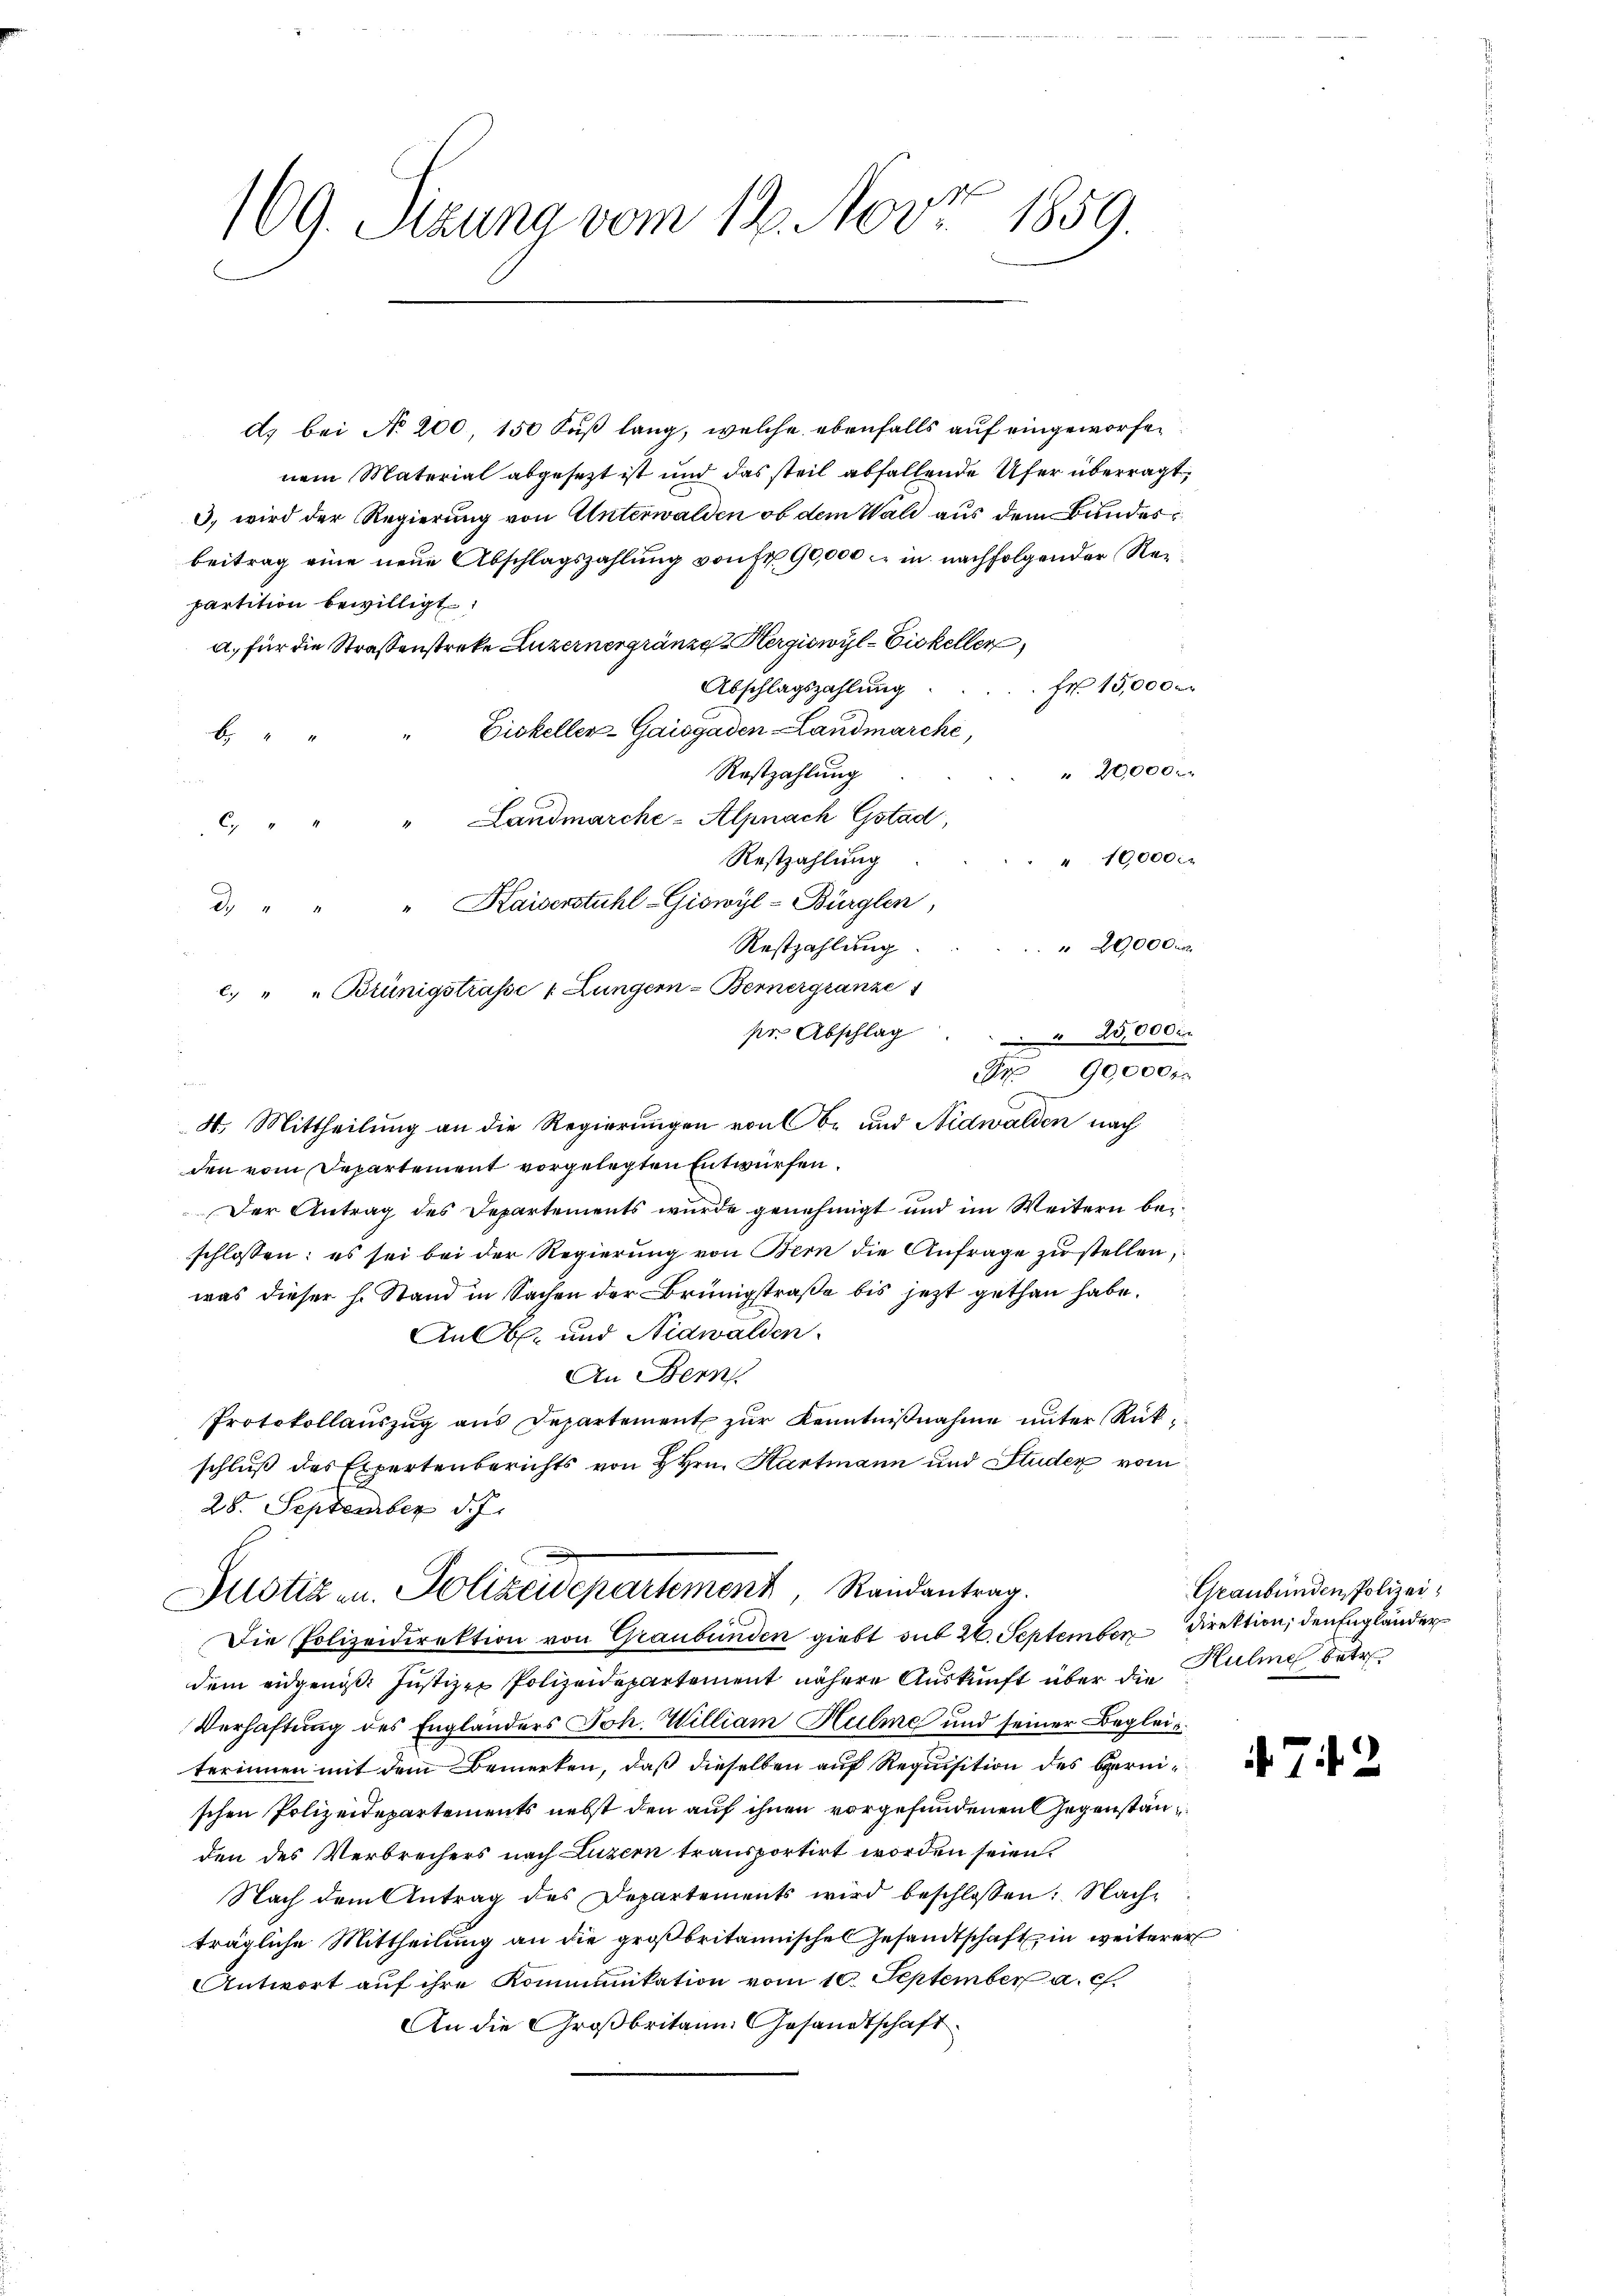
169. Sizung vom 19. Nov. 1859.

A. bei No 200, 150 Fuß lang, welche ebenfalls auf eingeworfen
nem Material abgesezt ist und das steil abfallende Ufer überragt.
3) wird der Regierung von Unterwalden ob dem Wald aus dem Bundesbeitrag eine neue Abschlagszahlung von Fr. 90,000 : in nachfolgender Reipartition bewilligt
a. für die Strassenstreke Luzernergränze Hergiswyl-Eiskeller
Fr. 15,000
Abschlagszahlung.
Eiskeller-Gaisgaden-Landmarche,
B
20,000
Rostzahlung
c. " " " Landmarche-Alpnach Gstad,
" 10,000
Restzahlung
d. " " " Kaiserstuhl-Giowyl-Bürglen,
2900 dur
Restzahlung
c. " " Brünigstrasse 1 Lungern-Bernergränze 1
pr. Abschlag . . . . 25,000
Sr 90,000
¬
C
4. Mittheilung an die Regierungen von Obe und Nidwalden nach
den vom Departement vorgelegten Entwürfen.
Der Antrag des Departements wurde genehmigt und im Weitern beschlossen: es sei bei der Regierung von Bern die Anfrage zu stellen,
was dieser h. Stand in Sachen der Brüngstraße bis jezt gethan habe.
An Ob- und Nidwalden.
An Bern
Protokollaŭszŭg ans Departement zŭr Kenntniβnahme unter Rückschluß des Expertenberichts von H Hrn. Hartmann und Studen vom
28. September d. J.
Justizen. Polizeidepartement, Randantrag.
Die Polizeidirektion von Graubünden giebt mit 26. September Direktion, den Engländer
dem eidgenöß: Justizen Polizeidepartement nähere Auskunft über die Huline betr.
Verhaftung des Engländers Joh. William Helme und seiner Begleiterinnen mit dem Bemerken, daß dieselben auf Requisition des Bernischen Polizeidepartements nebst den auf ihnen vorgefundenen Gegenständen des Verbrechers nach Luzern transportirt worden seien.
Nach dem Antrag des Departements wird beschlossen: Nach
trägliche Mittheilung an die großbritannisches Gesandtschaft in weiterer
Antwort auf ihre Kommunikation vom 10. September a. c.
An die Großbritain Gesandtschaft

Graubünden Polizei¬

72